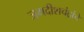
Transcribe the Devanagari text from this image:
जगदीशचंद्रांचे